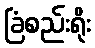
ခြံစည်းရိုး